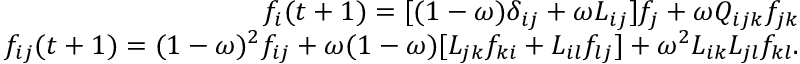
\begin{array} { r } { f _ { i } ( t + 1 ) = [ ( 1 - \omega ) \delta _ { i j } + \omega L _ { i j } ] f _ { j } + \omega Q _ { i j k } f _ { j k } } \\ { f _ { i j } ( t + 1 ) = ( 1 - \omega ) ^ { 2 } f _ { i j } + \omega ( 1 - \omega ) [ L _ { j k } f _ { k i } + L _ { i l } f _ { l j } ] + \omega ^ { 2 } L _ { i k } L _ { j l } f _ { k l } . } \end{array}